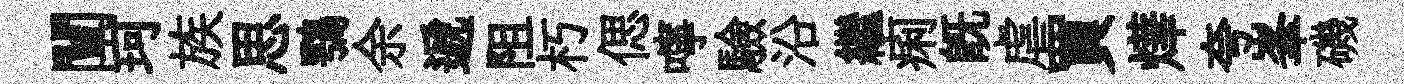
闡珂族思鶚余遞阻朽偲嚀驗沿繼痢旣虐買燁夸峯磯